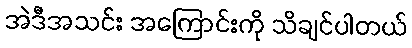
အဲဒီအသင်း အကြောင်းကို သိချင်ပါတယ်